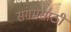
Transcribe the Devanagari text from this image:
संगमसाठी